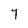
Character: Y